Document type: Barter
Year: 1304
Scribe: Pere Pometa
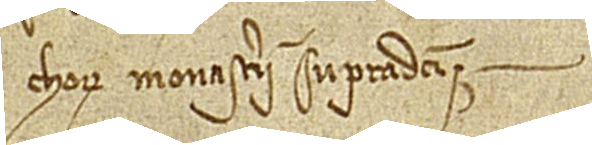
chorum monasterii supradicti.